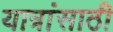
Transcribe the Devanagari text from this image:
यात्रांसाठी